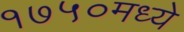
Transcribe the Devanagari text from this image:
१७५०मध्ये